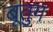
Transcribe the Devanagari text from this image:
बूतुग